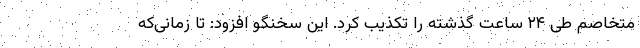
متخاصم طی ۲۴ ساعت گذشته را تکذیب کرد. این سخنگو افزود: تا زمانی‌که